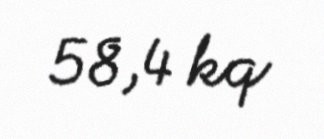
58,4 kq